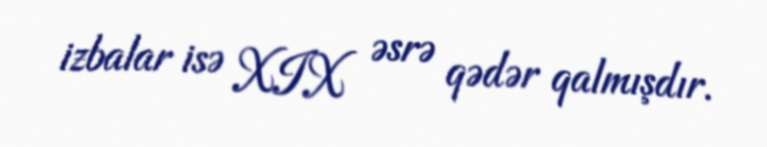
izbalar isə XIX əsrə qədər qalmışdır.